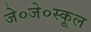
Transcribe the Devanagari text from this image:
जे०जे०स्कूल